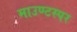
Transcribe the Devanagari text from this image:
माउण्टस्पर